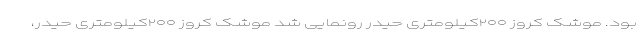
بود. موشک کروز ۲۰۰کیلومتری حیدر رونمایی شد موشک کروز ۲۰۰کیلومتری حیدر،